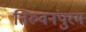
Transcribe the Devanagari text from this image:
तिरुवनंपुरम